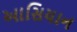
આસિયાન